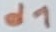
Text: d1